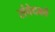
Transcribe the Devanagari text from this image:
संवेदको